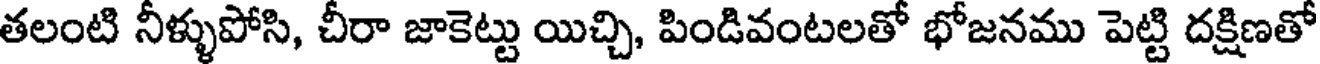
తలంటి నీళ్ళుపోసి, చీరా జాకెట్టు యిచ్చి, పిండివంటలతో భోజనము పెట్టి దక్షిణతో